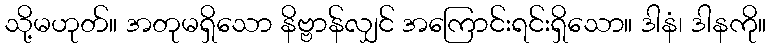
သို့မဟုတ်။ အတုမရှိသော နိဗ္ဗာန်လျှင် အကြောင်းရင်းရှိသော။ ဒါနံ၊ ဒါနကို။